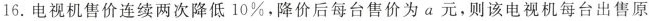
16.电视机售价连续两次降低10%，降价后每台售价为a元，则该电视机每台出售原